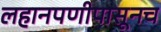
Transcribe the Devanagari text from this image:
लहानपणीपासूनच